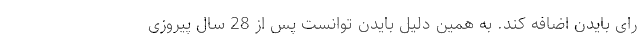
رای بایدن اضافه کند. به همین دلیل بایدن توانست پس از 28 سال پیروزی